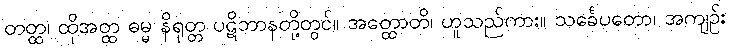
တတ္ထ၊ ထိုအတ္ထ ဓမ္မ နိရုတ္တ ပဋိဘာနတို့တွင်။ အတ္ထောတိ၊ ဟူသည်ကား။ သင်္ခေပတော၊ အကျဉ်း